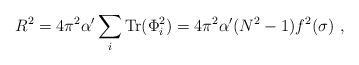
LaTeX: \begin{align*}R^2={4\pi^2\alpha^\prime}\sum_i {\rm Tr}(\Phi_i^2)={4\pi^2\alpha^\prime}(N^2-1)f^2(\sigma)\ ,\end{align*}